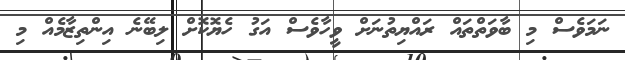
ނަމަވެސް މި ބާވަތްތައް ރައްޔިތުނަށް ވީހާވެސް އަގު ހެޔޮކޮށް ލިބޭނެ އިންތިޒާމެއް މި